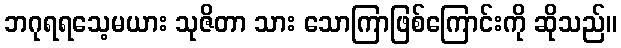
ဘဂုရရသေ့မယား သုဇိတာ သား သောကြာဖြစ်ကြောင်းကို ဆိုသည်။